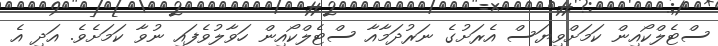
ސްޓެލްކޯއިން ކަމަށްވިޔަސް އެރަށުގެ ނަރުދަމާާއާ ސްޓެލްކޯއިން ހަވާލުވެފައި ނުވާ ކަމަށެވެ. އަދި އެ